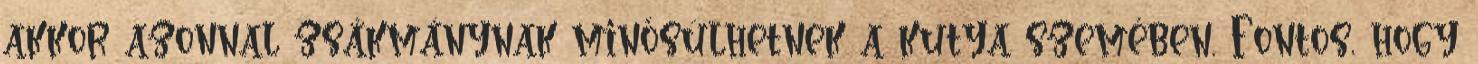
akkor azonnal zsákmánynak minősülhetnek a kutya szemében. Fontos, hogy